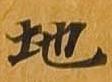
地